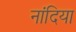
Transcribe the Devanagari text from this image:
नांदिया